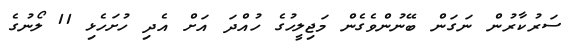
ސަރުކާރުން ނަގަން ބޭނުންވެގެން މަޖިލީހުގެ ހުއްދަ އަށް އެދި ހުށަހެޅި 11 ލޯނުގެ